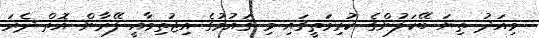
މިއަދު ތިޔަ ބޭކަލުންގެ ކުރިމަތީގައި މި ޤައުމުގެ އިޖުތިމާއީ ފޭރާން އޮތް ދެރަ